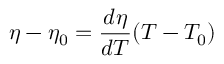
\eta - \eta _ { 0 } = \frac { d \eta } { d T } ( T - T _ { 0 } )